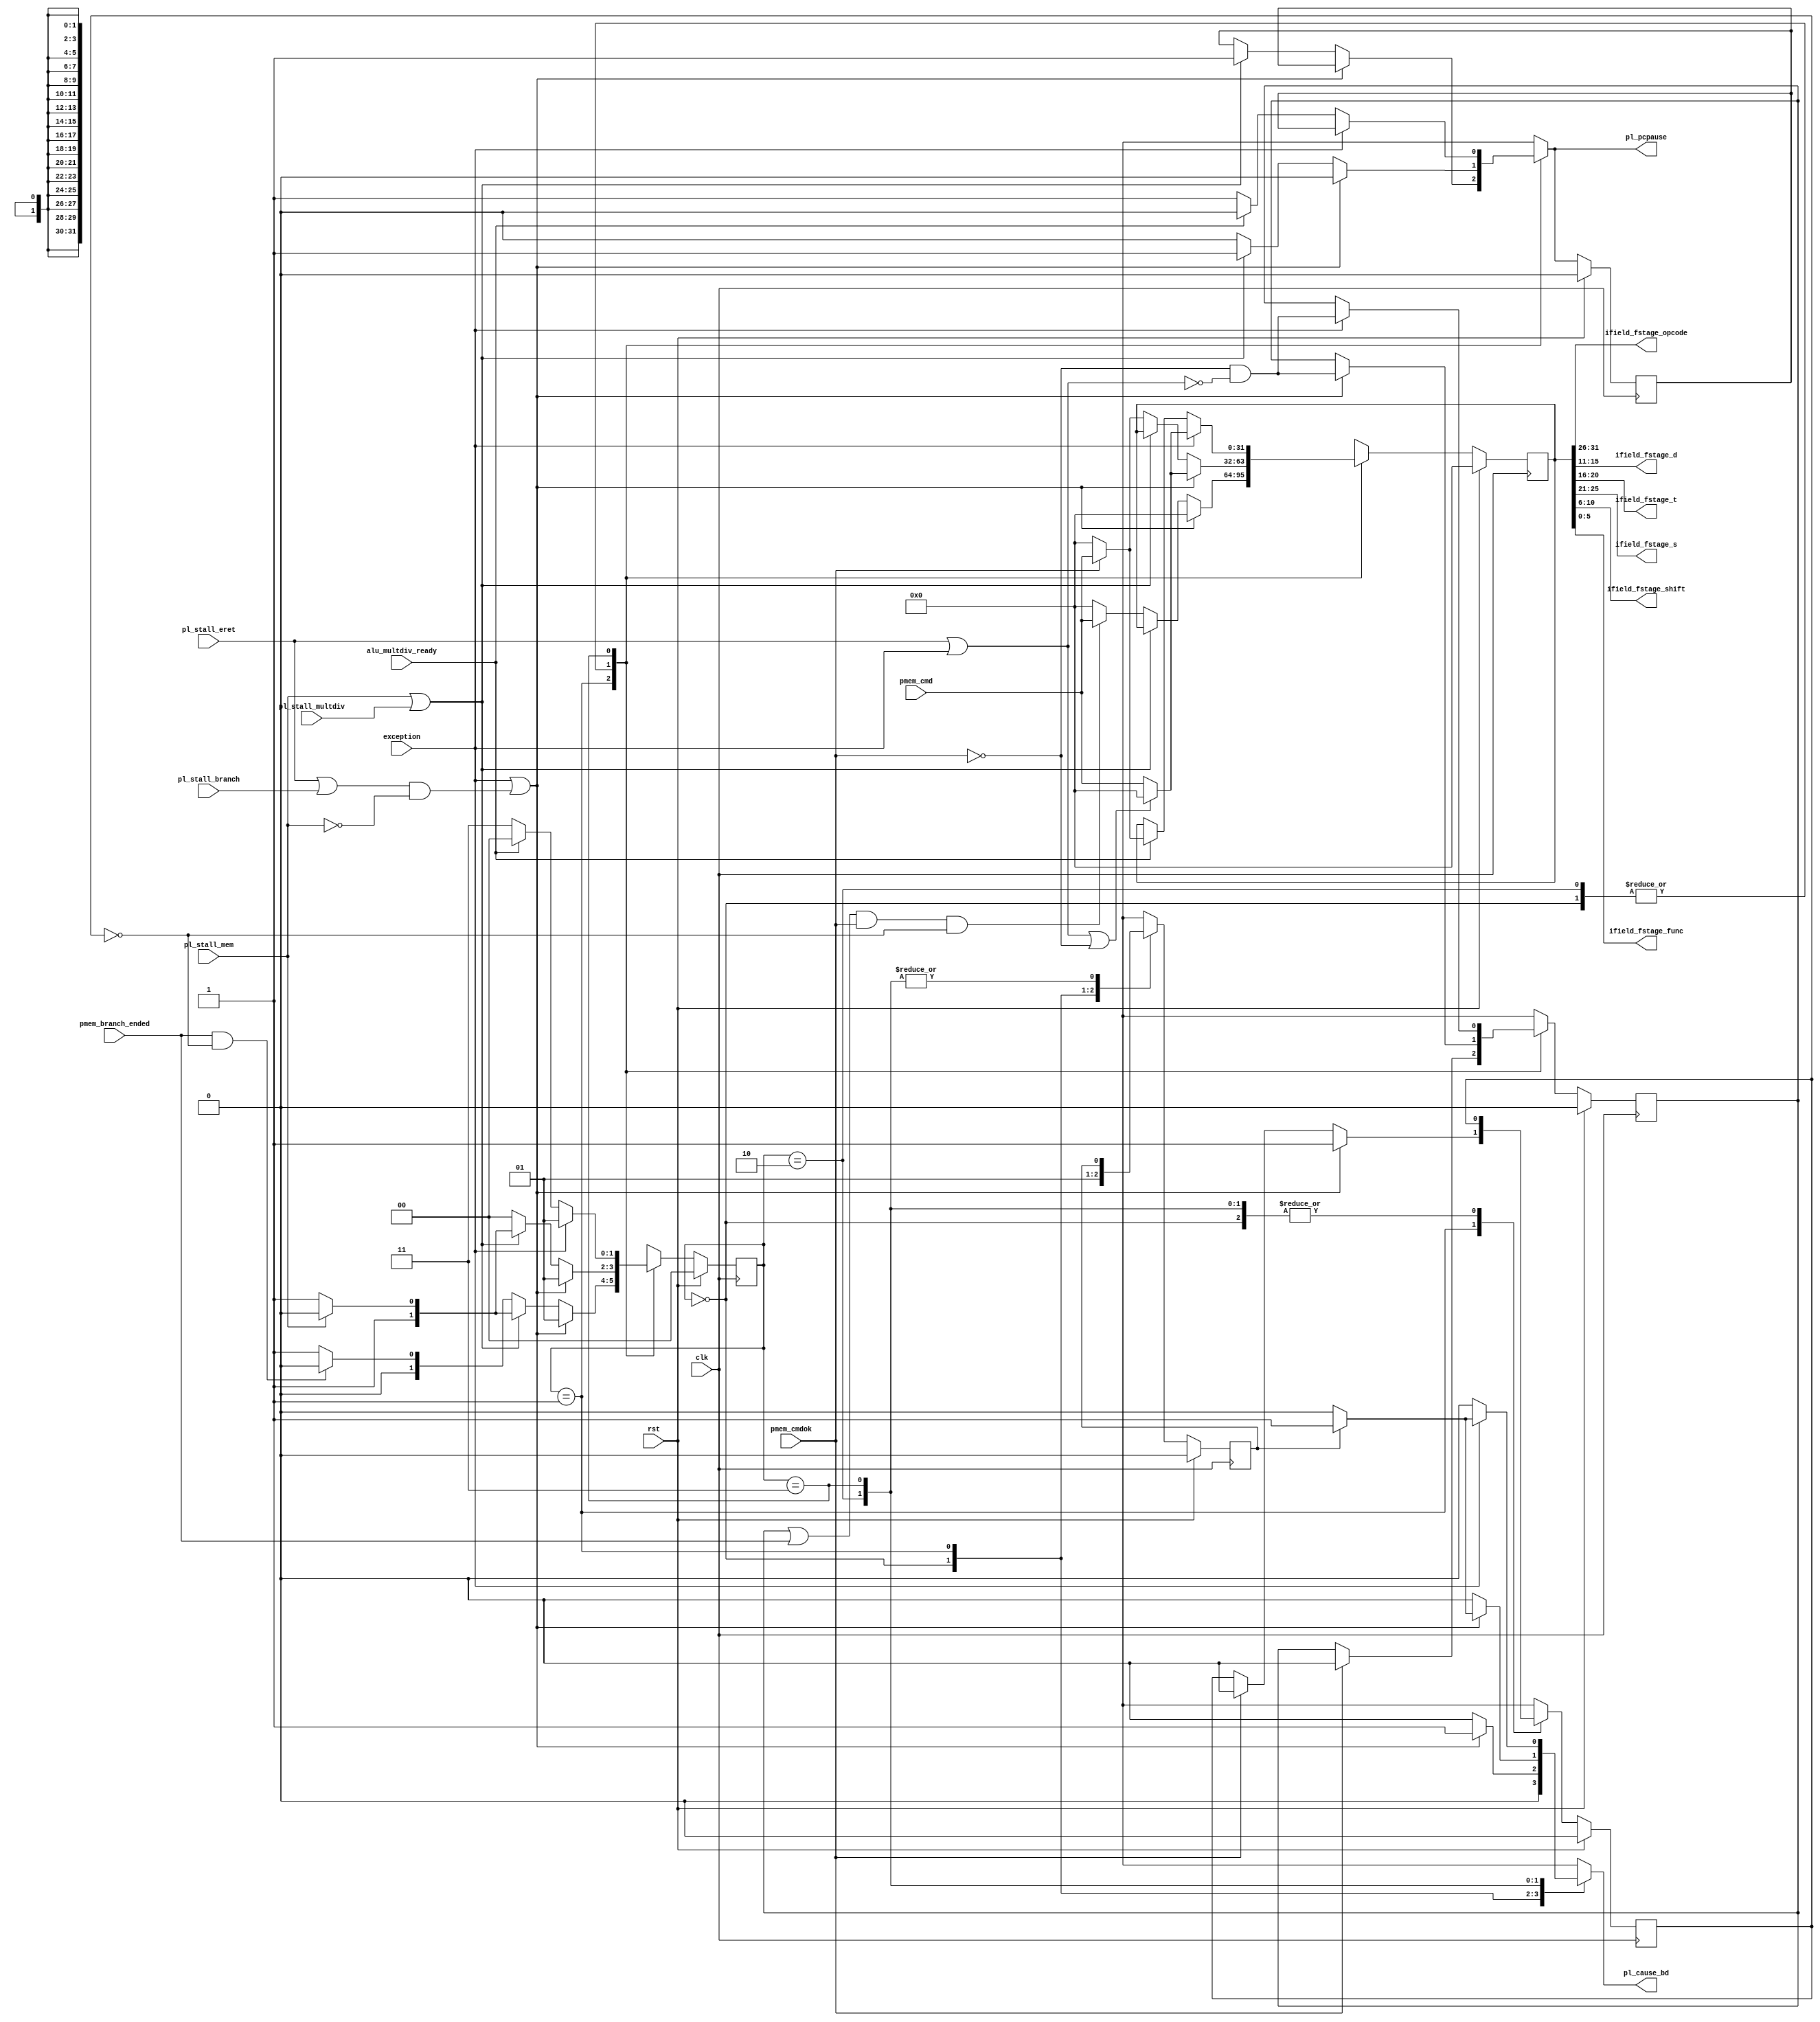
module mips_pipeline    (
                        input             clk,
                        input             rst,

                        input             pl_stall_mem,
                        input             pl_stall_branch,
                        input             pl_stall_multdiv,
                        input             pl_stall_eret,
                        input             exception,

                        output[5:0]       ifield_fstage_opcode,
                        output[4:0]       ifield_fstage_d,
                        output[4:0]       ifield_fstage_t,
                        output[4:0]       ifield_fstage_s,
                        output[4:0]       ifield_fstage_shift,
                        output[5:0]       ifield_fstage_func,

                        input             pmem_cmdok,
                        input[31:0]       pmem_cmd,
                        input             pmem_branch_ended,

                        input             alu_multdiv_ready,

                        output reg        pl_cause_bd,
                        output reg        pl_pcpause
                        );




  reg[31:0]   pl_instr_fstage;
  reg[31:0]   pl_instr_fstage_d;
  reg[1:0]    cpu_state;
  reg[1:0]    cpu_state_d;

  reg         pl_pcpause_d;
  reg         instr_next;
  reg         instr_next_d;
  reg         pl_branch_excpt;
  reg         pl_branch_excpt_d;
  reg         branch_stall_was;
  reg         branch_stall_was_d;
  localparam  NORMAL=         2'b00,
              STALL_BRANCH=   2'b01,
              STALL_MEM=      2'b10,
              STALL_MULTDIV=  2'b11;




  assign ifield_fstage_opcode= pl_instr_fstage_d[31:26];
  assign ifield_fstage_s= pl_instr_fstage_d[25:21];
  assign ifield_fstage_t= pl_instr_fstage_d[20:16];
  assign ifield_fstage_d= pl_instr_fstage_d[15:11];
  assign ifield_fstage_shift= pl_instr_fstage_d[10:6];
  assign ifield_fstage_func= pl_instr_fstage_d[5:0];

  always @*
  begin
  pl_instr_fstage= pmem_cmd;
  cpu_state= NORMAL;
  instr_next= instr_next_d;
  pl_pcpause= pl_pcpause_d;
  branch_stall_was= branch_stall_was_d;
  pl_cause_bd= 1'b0;
  pl_branch_excpt= pl_branch_excpt_d;

  case(cpu_state_d)
  NORMAL:
    begin
    pl_pcpause= 1'b0;
    branch_stall_was= 1'b0;
    if(exception | ((pl_stall_eret | pl_stall_branch) & !pl_stall_mem))
      begin
      instr_next= !pmem_cmdok & !(pl_stall_eret | exception);
                  //DELAY SLOT HOW NOP
      pl_instr_fstage= pl_stall_eret | exception | !pmem_cmdok ? 32'd0 :
                       pmem_cmd;
      cpu_state= STALL_BRANCH;
      end
    else if(pl_stall_mem | pl_stall_multdiv)
      begin
      pl_pcpause= 1'b1;
      pl_instr_fstage= pl_instr_fstage_d;
      cpu_state= pl_stall_mem ? STALL_MEM : STALL_MULTDIV;
      end
    else if(!pmem_cmdok) pl_instr_fstage= 32'd0;
    end
  STALL_BRANCH:
    begin
    branch_stall_was= 1'b1;
    if(pmem_cmdok)
      begin
      instr_next= 1'b0;
      pl_branch_excpt= 1'b0;
      end

    if(exception | ((pl_stall_eret | pl_stall_branch) & !pl_stall_mem))
      begin
      pl_instr_fstage= 32'd0;
      pl_cause_bd= 1'b1;
      pl_branch_excpt= 1'b1;
      cpu_state= STALL_BRANCH;
      end
    else if(pl_stall_mem | pl_stall_multdiv)
      begin
      pl_pcpause= 1'b1;
      pl_instr_fstage= pl_instr_fstage_d;
      cpu_state= pl_stall_mem ? STALL_MEM : STALL_MULTDIV;
      end
    else
      begin
      pl_instr_fstage= (instr_next_d | pmem_branch_ended) &
                       pmem_cmdok  & !pl_branch_excpt_d ? pmem_cmd : 32'd0;
      cpu_state= pmem_branch_ended & !pl_branch_excpt_d ? NORMAL : STALL_BRANCH;
      end
    end
  STALL_MEM:
    begin
    if(exception | ((pl_stall_eret | pl_stall_branch) & !pl_stall_mem))
      begin
      pl_pcpause= 1'b0;
      if(branch_stall_was_d) pl_cause_bd= 1'b1;
      instr_next= !pmem_cmdok & !(pl_stall_eret | exception);
                  //DELAY SLOT HOW NOP
      pl_instr_fstage= pl_stall_eret | exception | !pmem_cmdok ? 32'd0 :
                       pmem_cmd;
      cpu_state= STALL_BRANCH;
      end
    else if(pl_stall_mem | pl_stall_multdiv)
      begin
      pl_pcpause= 1'b1;
      pl_instr_fstage= pl_instr_fstage_d;
      cpu_state= pl_stall_mem ? STALL_MEM : STALL_MULTDIV;
      end
    else
      begin
      pl_pcpause= 1'b0;
      pl_instr_fstage= pmem_cmdok ? pmem_cmd : 32'd0;
      end
    end
  STALL_MULTDIV:
    begin
    if(exception)
      begin
      if(branch_stall_was_d) pl_cause_bd= 1'b1;
      instr_next= !pmem_cmdok & !(pl_stall_eret | exception);
                  //DELAY SLOT HOW NOP
      pl_instr_fstage= pl_stall_eret | exception | !pmem_cmdok ? 32'd0 :
                       pmem_cmd;
      cpu_state= STALL_BRANCH;
      end
    else
      begin
      if(!alu_multdiv_ready)
        begin
        pl_pcpause= 1'b1;
        pl_instr_fstage= pl_instr_fstage_d;
        cpu_state= STALL_MULTDIV;
        end
      else
        begin
        pl_pcpause= 1'b0;
        pl_instr_fstage= pmem_cmdok ? pmem_cmd : 32'd0;
        end
      end
    end
  endcase
  end

  always @(posedge clk)
  begin
  if(rst)
    begin
    instr_next_d<= 1'b0;
    pl_pcpause_d<= 1'b0;
    pl_branch_excpt_d<= 1'b0;
    branch_stall_was_d<= 1'b0;
    pl_instr_fstage_d<= 32'd0;
    cpu_state_d<= NORMAL;
    end
  else
    begin
    instr_next_d<= instr_next;
    pl_pcpause_d<= pl_pcpause;
    pl_branch_excpt_d<= pl_branch_excpt;
    branch_stall_was_d<= branch_stall_was;
    pl_instr_fstage_d<= pl_instr_fstage;
    cpu_state_d<= cpu_state;
    end
  end




endmodule